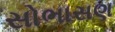
સોભાસણ